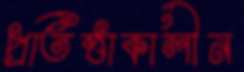
প্রতিষ্ঠাকালীন